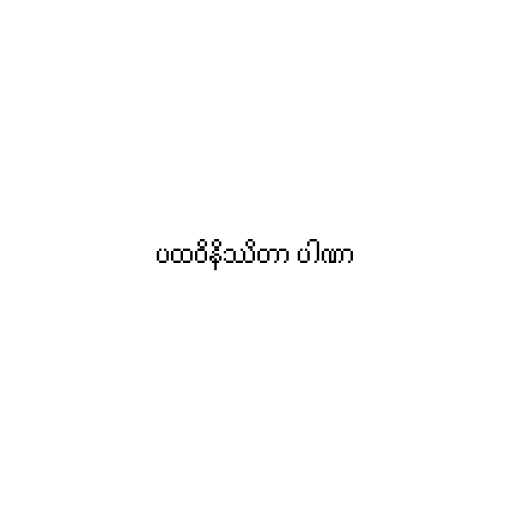
ပထဝိနိဿိတာ ပါဏာ